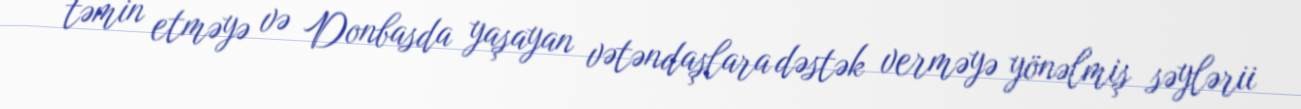
təmin etməyə və Donbasda yaşayan vətəndaşlara dəstək verməyə yönəlmiş səylərii